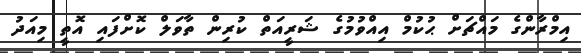
އިމްރާންގެ މައްޗަށް ޙުކުމް އިއްވުމުގެ ޝަރީއަތް ކުރިން ތާވަލް ކޮށްފައި އޮތީ މިއަދު